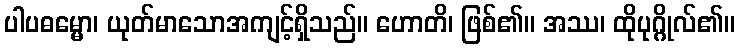
ပါပဓမ္မော၊ ယုတ်မာသောအကျင့်ရှိသည်။ ဟောတိ၊ ဖြစ်၏။ အဿ၊ ထိုပုဂ္ဂိုလ်၏။